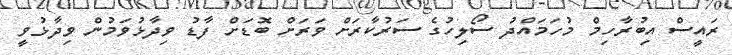
ރައީސް އިބުރާހިމް މުހަމައްދު ސޯލިހުގެ ސަރުކާރަށް ވަރަށް ބޮޑަށް ފާޑު ވިދާޅުވަމުން ވިދާޅުވީ